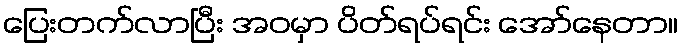
ပြေးတက်လာပြီး အဝမှာ ပိတ်ရပ်ရင်း အော်နေတာ။